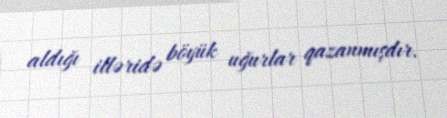
aldığı illəridə böyük uğurlar qazanmışdır.